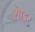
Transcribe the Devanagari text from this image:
साइर